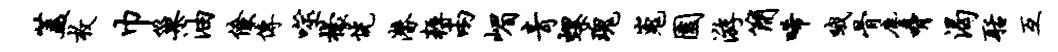
盖枚巾巢油僚传噬檬恍潜耨两嵋青螺瑰嵬园游简唏哦骨尘胁渴聒互